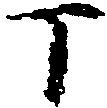
丁